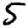
Digit: 5